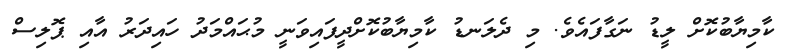
ކާމިޔާބުކޮށް ލީޑު ނަގާފައެވެ. މި ދެލަނޑު ކާމިޔާބުކޮށްދީފައިވަނީ މުޙައްމަދު ހައިދަރު އާއި ޕޮލިސް